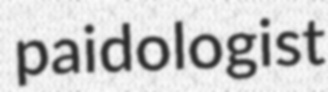
paidologist